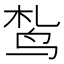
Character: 𫛠